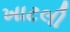
ખાટલી